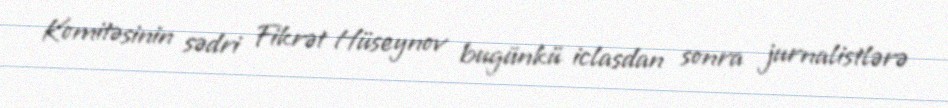
Komitəsinin sədri Fikrət Hüseynov bugünkü iclasdan sonra jurnalistlərə